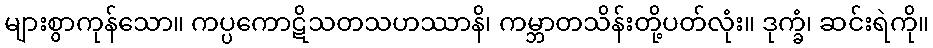
များစွာကုန်သော။ ကပ္ပကောဋိသတသဟဿာနိ၊ ကမ္ဘာတသိန်းတို့ပတ်လုံး။ ဒုက္ခံ၊ ဆင်းရဲကို။